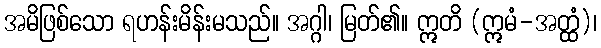
အမိဖြစ်သော ရဟန်းမိန်းမသည်။ အဂ္ဂါ၊ မြတ်၏။ ဣတိ (ဣမံ-အတ္ထံ)၊